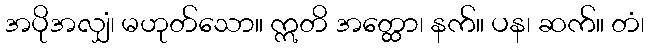
အပိုအလျှံ၊ မဟုတ်သော။ ဣတိ အတ္ထော၊ နက်။ ပန၊ ဆက်။ တံ၊